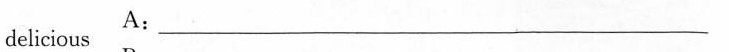
A:delicious ___